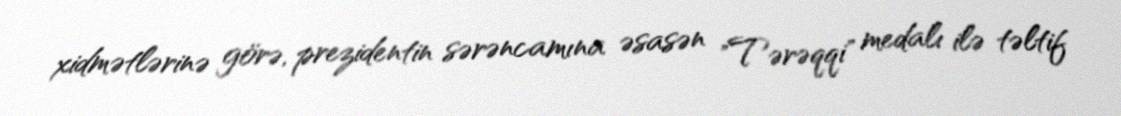
xidmətlərinə görə, prezidentin sərəncamına əsasən "Tərəqqi" medalı ilə təltif